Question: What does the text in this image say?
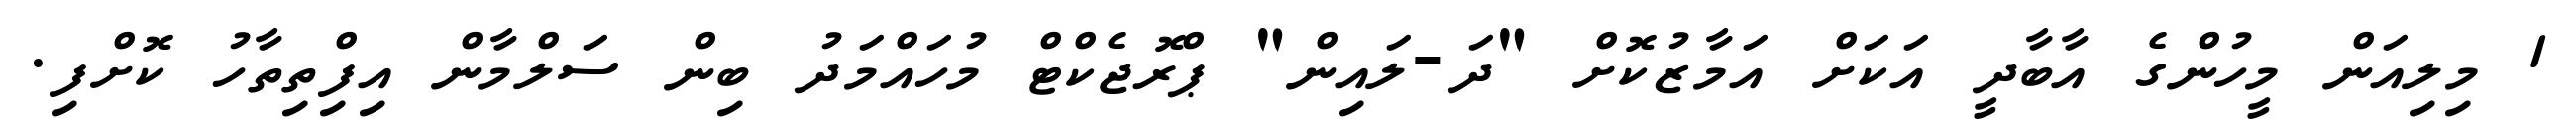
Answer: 1 މިލިއަން މީހުންގެ އާބާދީ އަކަށް އަމާޒުކޮށް "ދަ-ލައިން" ޕްރޮޖެކްޓް މުހައްމަދު ބިން ސަލްމާން އިފިްތިތާހު ކޮށްފި.